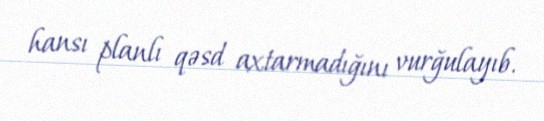
hansı planlı qəsd axtarmadığını vurğulayıb.